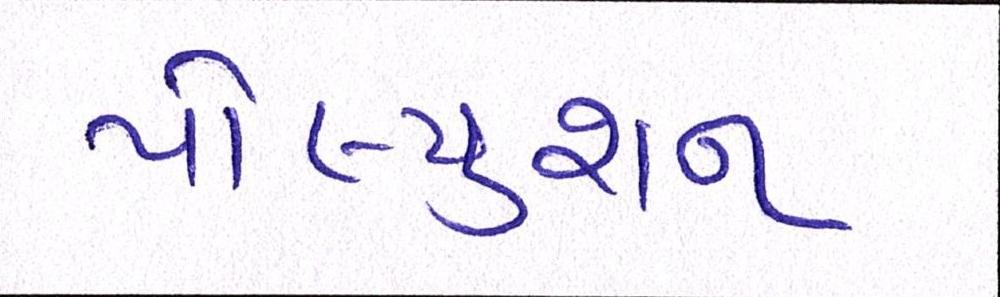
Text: પોલ્યુશન